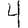
Digit: 4